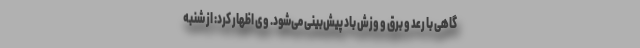
گاهی با رعد و برق و وزش باد پیش‌بینی می‌شود. وی اظهار کرد: از شنبه